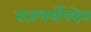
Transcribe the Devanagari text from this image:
राजधर्मोपदेश